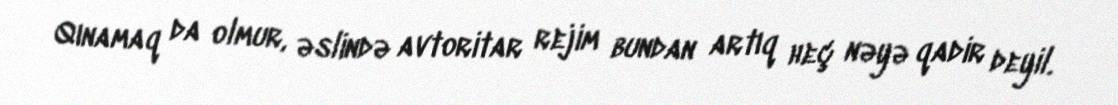
Qınamaq da olmur, əslində avtoritar rejim bundan artıq heç nəyə qadir deyil.